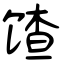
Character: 馇